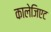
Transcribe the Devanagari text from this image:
कालेजिएट